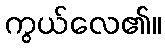
ကွယ်လေ၏။